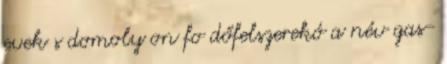
evek s domoly on fo dőfelszerekó a név gas-